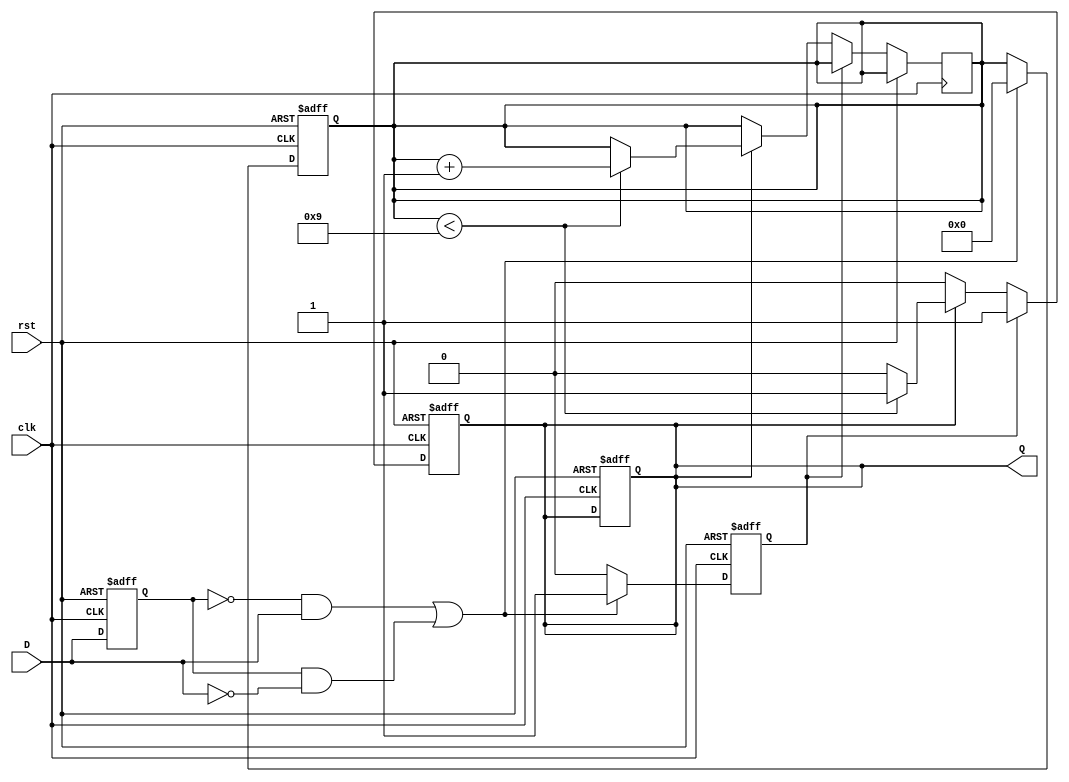
module edge_detector #(
    parameter PULSE_WIDTH = 10,  // Pulse width in clock cycles
    parameter EDGE_TYPE = 2'b11   // 00: None, 01: Rising, 10: Falling, 11: Both
)(
    input wire clk,               // Clock input
    input wire rst,               // Reset signal
    input wire D,                 // Input signal
    output reg Q                  // Output signal
);

    reg D_prev;                   // Previous state of input signal
    reg [3:0] pulse_counter;      // Counter for pulse width
    reg edge_detected;            // Edge detection flag

    // Edge detection logic
    always @(posedge clk or posedge rst) begin
        if (rst) begin
            D_prev <= 1'b0;
            Q <= 1'b0;
            pulse_counter <= 0;
            edge_detected <= 1'b0;
        end else begin
            // Detect rising edge
            if ((EDGE_TYPE[1] && !D_prev && D) || // Rising edge
                (EDGE_TYPE[0] && D_prev && !D))   // Falling edge
            begin
                edge_detected <= 1'b1; // Edge detected
                pulse_counter <= 0;     // Reset pulse counter
            end else begin
                edge_detected <= 1'b0; // No edge detected
            end
            
            // Update previous state
            D_prev <= D;
        end
    end

    // Pulse generation logic
    always @(posedge clk or posedge rst) begin
        if (rst) begin
            Q <= 1'b0; // Reset output
        end else begin
            if (edge_detected) begin
                Q <= 1'b1; // Start pulse on edge detection
            end else if (Q) begin
                if (pulse_counter < PULSE_WIDTH - 1) begin
                    pulse_counter <= pulse_counter + 1; // Count until pulse width expires
                end else begin
                    Q <= 1'b0; // End pulse after pulse width
                end
            end
        end
    end

endmodule